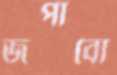
জপাবো